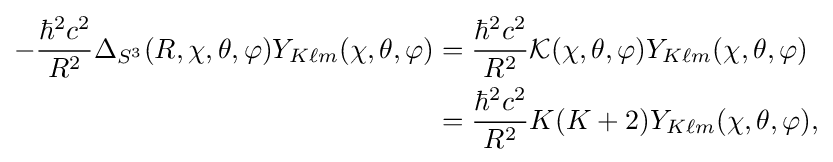
{\begin{aligned}-{\frac {\hbar ^{2}c^{2}}{R^{2}}}\Delta _{S^{3}}(R,\chi ,\theta ,\varphi )Y_{K\ell m}(\chi ,\theta ,\varphi )&={\frac {\hbar ^{2}c^{2}}{R^{2}}}{\mathcal {K}}(\chi ,\theta ,\varphi )Y_{K\ell m}(\chi ,\theta ,\varphi )\\&={\frac {\hbar ^{2}c^{2}}{R^{2}}}K(K+2)Y_{K\ell m}(\chi ,\theta ,\varphi ),\end{aligned}}